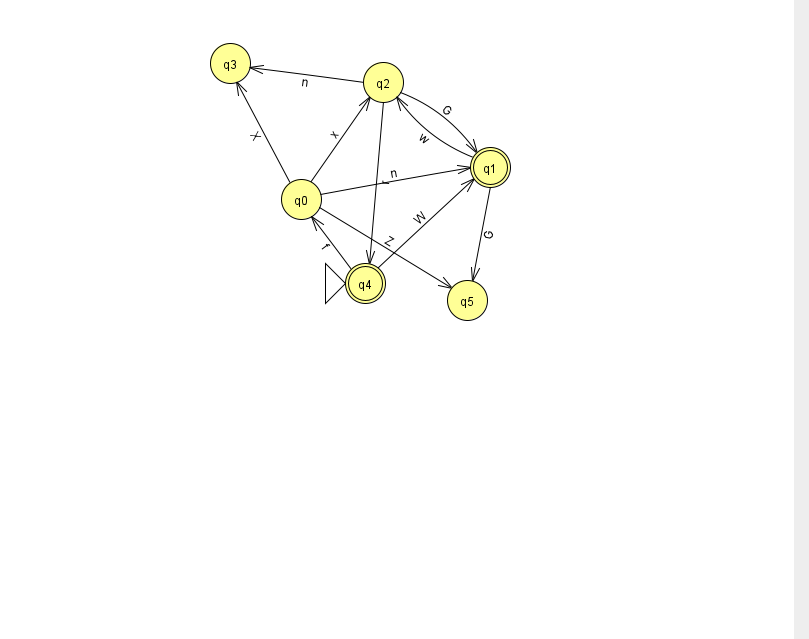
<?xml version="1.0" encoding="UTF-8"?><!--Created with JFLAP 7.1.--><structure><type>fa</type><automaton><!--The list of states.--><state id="0" name="q0"><x>301.0</x><y>186.0</y></state><state id="1" name="q1"><x>490.0</x><y>154.0</y><final/></state><state id="2" name="q2"><x>383.0</x><y>69.0</y></state><state id="3" name="q3"><x>230.0</x><y>50.0</y></state><state id="4" name="q4"><x>365.0</x><y>270.0</y><initial/><final/></state><state id="5" name="q5"><x>467.0</x><y>287.0</y></state><!--The list of transitions.--><transition><from>0</from><to>2</to><read>x</read></transition><transition><from>1</from><to>5</to><read>G</read></transition><transition><from>2</from><to>3</to><read>n</read></transition><transition><from>2</from><to>4</to><read>r</read></transition><transition><from>0</from><to>3</to><read>X</read></transition><transition><from>1</from><to>2</to><read>w</read></transition><transition><from>2</from><to>1</to><read>G</read></transition><transition><from>4</from><to>1</to><read>W</read></transition><transition><from>0</from><to>1</to><read>n</read></transition><transition><from>4</from><to>0</to><read>f</read></transition><transition><from>0</from><to>5</to><read>Z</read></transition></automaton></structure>